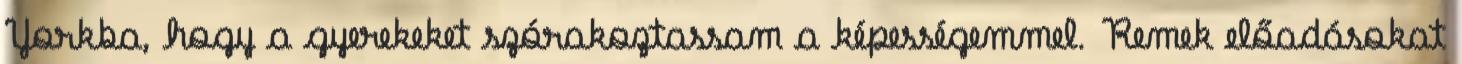
Yorkba, hogy a gyerekeket szórakoztassam a képességemmel. Remek előadásokat